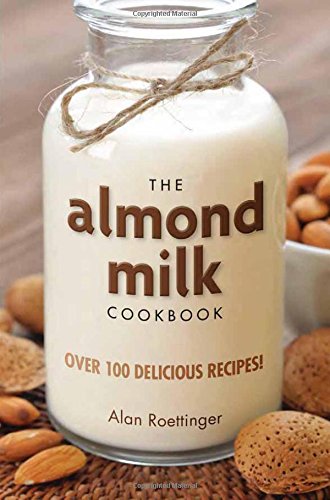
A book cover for The Almond Milk Cookbook; Alan Roettinger; Cookbooks, Food & Wine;